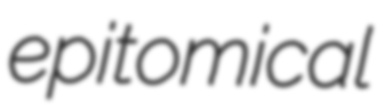
epitomical